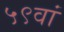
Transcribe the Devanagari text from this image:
५९वां